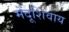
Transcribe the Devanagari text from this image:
मेंदूशिवाय